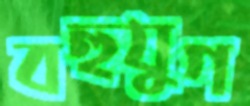
বহুযুগ